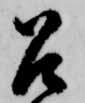
召